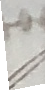
Dsegen obigen diebstählen seye er neben seinen beyden